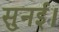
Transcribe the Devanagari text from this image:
सुनई।